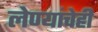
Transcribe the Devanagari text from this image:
लेण्यांचेही